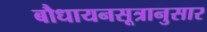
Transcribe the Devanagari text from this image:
बौधायनसूत्रानुसार